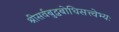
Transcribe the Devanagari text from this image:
श्रीसर्वबुद्धबोधिसत्त्वेभ्यः